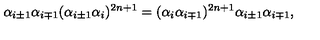
\alpha _ { i \pm 1 } \alpha _ { i \mp 1 } ( \alpha _ { i \pm 1 } \alpha _ { i } ) ^ { 2 n + 1 } = ( \alpha _ { i } \alpha _ { i \mp 1 } ) ^ { 2 n + 1 } \alpha _ { i \pm 1 } \alpha _ { i \mp 1 } ,